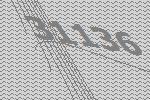
31136